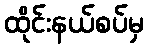
ထိုင်းနယ်စပ်မှ